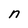
Character: n